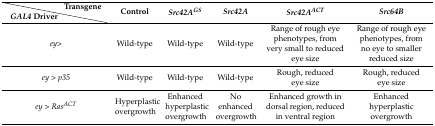
|  | Transgene | <ROWSPAN=2> Control | <ROWSPAN=2> Src42AGS | <ROWSPAN=2> Src42A | <ROWSPAN=2> Src42AACT | <ROWSPAN=2> Src64B |
 | GAL4 driver |  |
 | --- | --- | --- | --- | --- | --- | --- |
 | <COLSPAN=2> ey> | Wild-type | Wild-type | Wild-type | Range of rough eye phenotypes, from very small to reduced eye size | Range of rough eye phenotypes, from no eye to smaller reduced size |
 | <COLSPAN=2> ey > p35 | Wild-type | Wild-type | Wild-type | Rough, reduced eye size | Rough, reduced eye size |
 | <COLSPAN=2> ey > RasACT | Hyperplastic overgrowth | Enhanced hyperplastic overgrowth | No enhanced overgrowth | Enhanced growth in dorsal region, reduced in ventral region | Enhanced hyperplastic overgrowth |